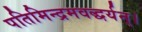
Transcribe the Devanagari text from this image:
पतिमिन्द्रमवद्धर्यन्।